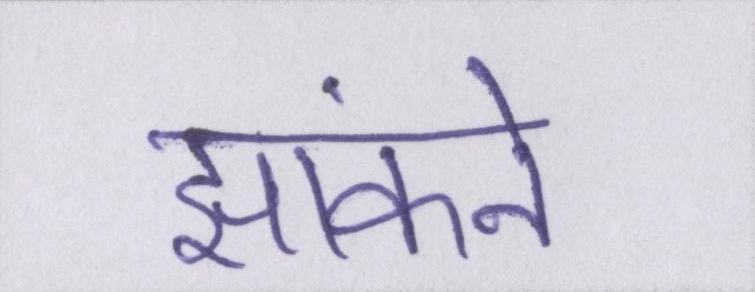
झांकने